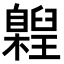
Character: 𮍝